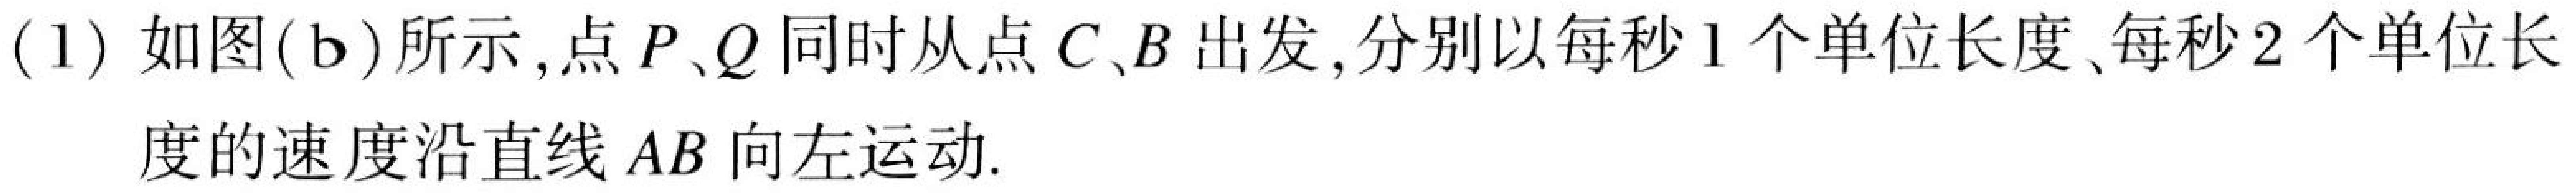
(1) 如图(b)所示,点\(P、Q\)同时从点\(C、B\)出发,分别以每秒\(1\)个单位长度、每秒\(2\)个单位长
度的速度沿直线\(AB\)向左运动.